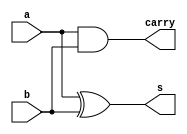
// ------------------------- 
// Exemplo0032  
// Patrick Flvio Teixeira Coura
// ------------------------- 
 
// ------------------------- 
//  halfAdder 
// ------------------------- 
module halfAdder (output s, output carry, 
                               input a,  
                               input b); 
xor(s,a,b);
and(carry,a,b);

endmodule // halfAdder
 
// ------------------------- 
//  fullAdder 
// ------------------------- 
module fullAdder (output s, output carry, 
										input carryIn,
                               input a,  
                               input b); 
wire [5:0] soma;										 
xor(soma[0],a,b);
xor(s,soma[0],carryIn);

and(soma[1],a,b);
and(soma[2],b,carryIn);
and(soma[3],a, carryIn);
or(soma[4],soma[1],soma[2]);
or(carry,soma[3],soma[4]);

endmodule // fullAdder


// ------------------------- 
//  comp2 
// ------------------------- 
module comp2 (output [5:0]s, input[5:0] a); 

wire val1;
wire aux[5:0];
wire carry[5:0];

not(aux[0],a[0]);
not(aux[1],a[1]);
not(aux[2],a[2]);
not(aux[3],a[3]);
not(aux[4],a[4]);
not(aux[5],a[5]);
or (val1, a[0],aux[0]);

halfAdder hA1 (s[0], carry[0], aux[0], val1);
halfAdder hA2 (s[1], carry[1], aux[1], carry[0]);
halfAdder hA3 (s[2], carry[2], aux[2], carry[1]);
halfAdder hA4 (s[3], carry[3], aux[3], carry[2]);
halfAdder hA5 (s[4], carry[4], aux[4], carry[3]);
halfAdder hA6 (s[5], carry[5], aux[5], carry[4]);

endmodule //comp2

// ------------------------- 
//  alu 
// ------------------------- 
module alu (output [5:0]s, input[5:0] a, input[5:0]b, input key); 
//----soma
wire [5:0] auxsoma;
wire [5:0] soma;
wire [5:0] carryOut;
wire nkey;

halfAdder halfAdder1(auxsoma[0], carryOut[0], a[0],b[0]);
fullAdder fullAdder1(auxsoma[1], carryOut[1], carryOut[0], a[1],b[1]);
fullAdder fullAdder2(auxsoma[2], carryOut[2], carryOut[1], a[2],b[2]);
fullAdder fullAdder3(auxsoma[3], carryOut[3], carryOut[2], a[3],b[3]);
fullAdder fullAdder4(auxsoma[4], carryOut[4], carryOut[3], a[4],b[4]);
fullAdder fullAdder5(auxsoma[5], carryOut[5], carryOut[4], a[5],b[5]);

not (nkey, key);
and(soma[0],auxsoma[0],nkey);
and(soma[1],auxsoma[1],nkey);
and(soma[2],auxsoma[2],nkey);
and(soma[3],auxsoma[3],nkey);
and(soma[4],auxsoma[4],nkey);
and(soma[5],auxsoma[5],nkey);

//----subtracao

wire [5:0] sub;
wire [5:0] auxsub;
wire [5:0] carryOut2;
wire [5:0] b2;
comp2 comp21(b2, b);
halfAdder halfAdder2(auxsub[0], carryOut2[0], a[0],b2[0]);
fullAdder fullAdder6(auxsub[1], carryOut2[1], carryOut2[0], a[1],b2[1]);
fullAdder fullAdder7(auxsub[2], carryOut2[2], carryOut2[1], a[2],b2[2]);
fullAdder fullAdder8(auxsub[3], carryOut2[3], carryOut2[2], a[3],b2[3]);
fullAdder fullAdder9(auxsub[4], carryOut2[4], carryOut2[3], a[4],b2[4]);
fullAdder fullAdder10(auxsub[5], carryOut2[5], carryOut2[4], a[5],b2[5]);

and(sub[0],auxsub[0],key);
and(sub[1],auxsub[1],key);
and(sub[2],auxsub[2],key);
and(sub[3],auxsub[3],key);
and(sub[4],auxsub[4],key);
and(sub[5],auxsub[5],key);

or (s[0],soma[0],sub[0]);
or (s[1],soma[1],sub[1]);
or (s[2],soma[2],sub[2]);
or (s[3],soma[3],sub[3]);
or (s[4],soma[4],sub[4]);
or (s[5],soma[5],sub[5]);
endmodule //alu

module igual0 (output s, input [5:0]a);

wire aux[4:0];
or (aux[0],a[0],a[1]);
or (aux[1],a[2],a[3]);
or (aux[2],a[4],a[5]);
or (aux[3],aux[0],aux[1]);
or (aux[4],aux[2],aux[3]);
not (s, aux[4]);
endmodule //igual0

module test_fullAdder;

//---------------definindo dados
reg [5:0] a;
reg [5:0] b;
wire [5:0] resultado;
reg carry;
wire igual;

alu alu1(resultado,a,b,carry);
igual0 igual1 (igual, resultado);
 
// ------------------------- parte principal 
 initial begin 
      $display("Exemplo0032 - Patrick Flvio Teixeira Coura - 427450"); 
      $display("Test ALU");
		a=6'b100001;b=6'b100011;carry=1;
		$display("A        B      RESULTADO     IGUAL A 0");
		$monitor("%b  %b = %b       %b",a,b,resultado,igual);
		#1 a=6'b100011;b=6'b100011;carry=0;
		#1 a=6'b101101;b=6'b101011;carry=1;
		#1 a=6'b101101;b=6'b101011;carry=0;
		#1 a=6'b100111;b=6'b110011;carry=1;
		#1 a=6'b100111;b=6'b110011;carry=0;
								
 
 
 end 
 
endmodule // test_fullAdder